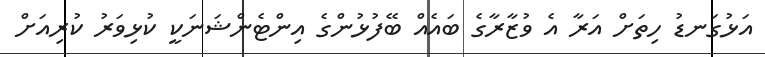
އަޅުގަނޑު ހިތަށް އަރާ އެ ވުޒާރާގެ ބައެއް ބޭފުޅުންގެ އިންޓެންޝަނަކީ ކުޅިވަރު ކުރިއަށް